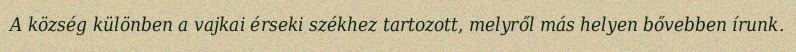
A község különben a vajkai érseki székhez tartozott, melyről más helyen bővebben írunk.